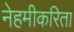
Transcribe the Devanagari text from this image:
नेहमीकरिता